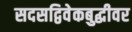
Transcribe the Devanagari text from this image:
सदसद्विवेकबुद्धीवर